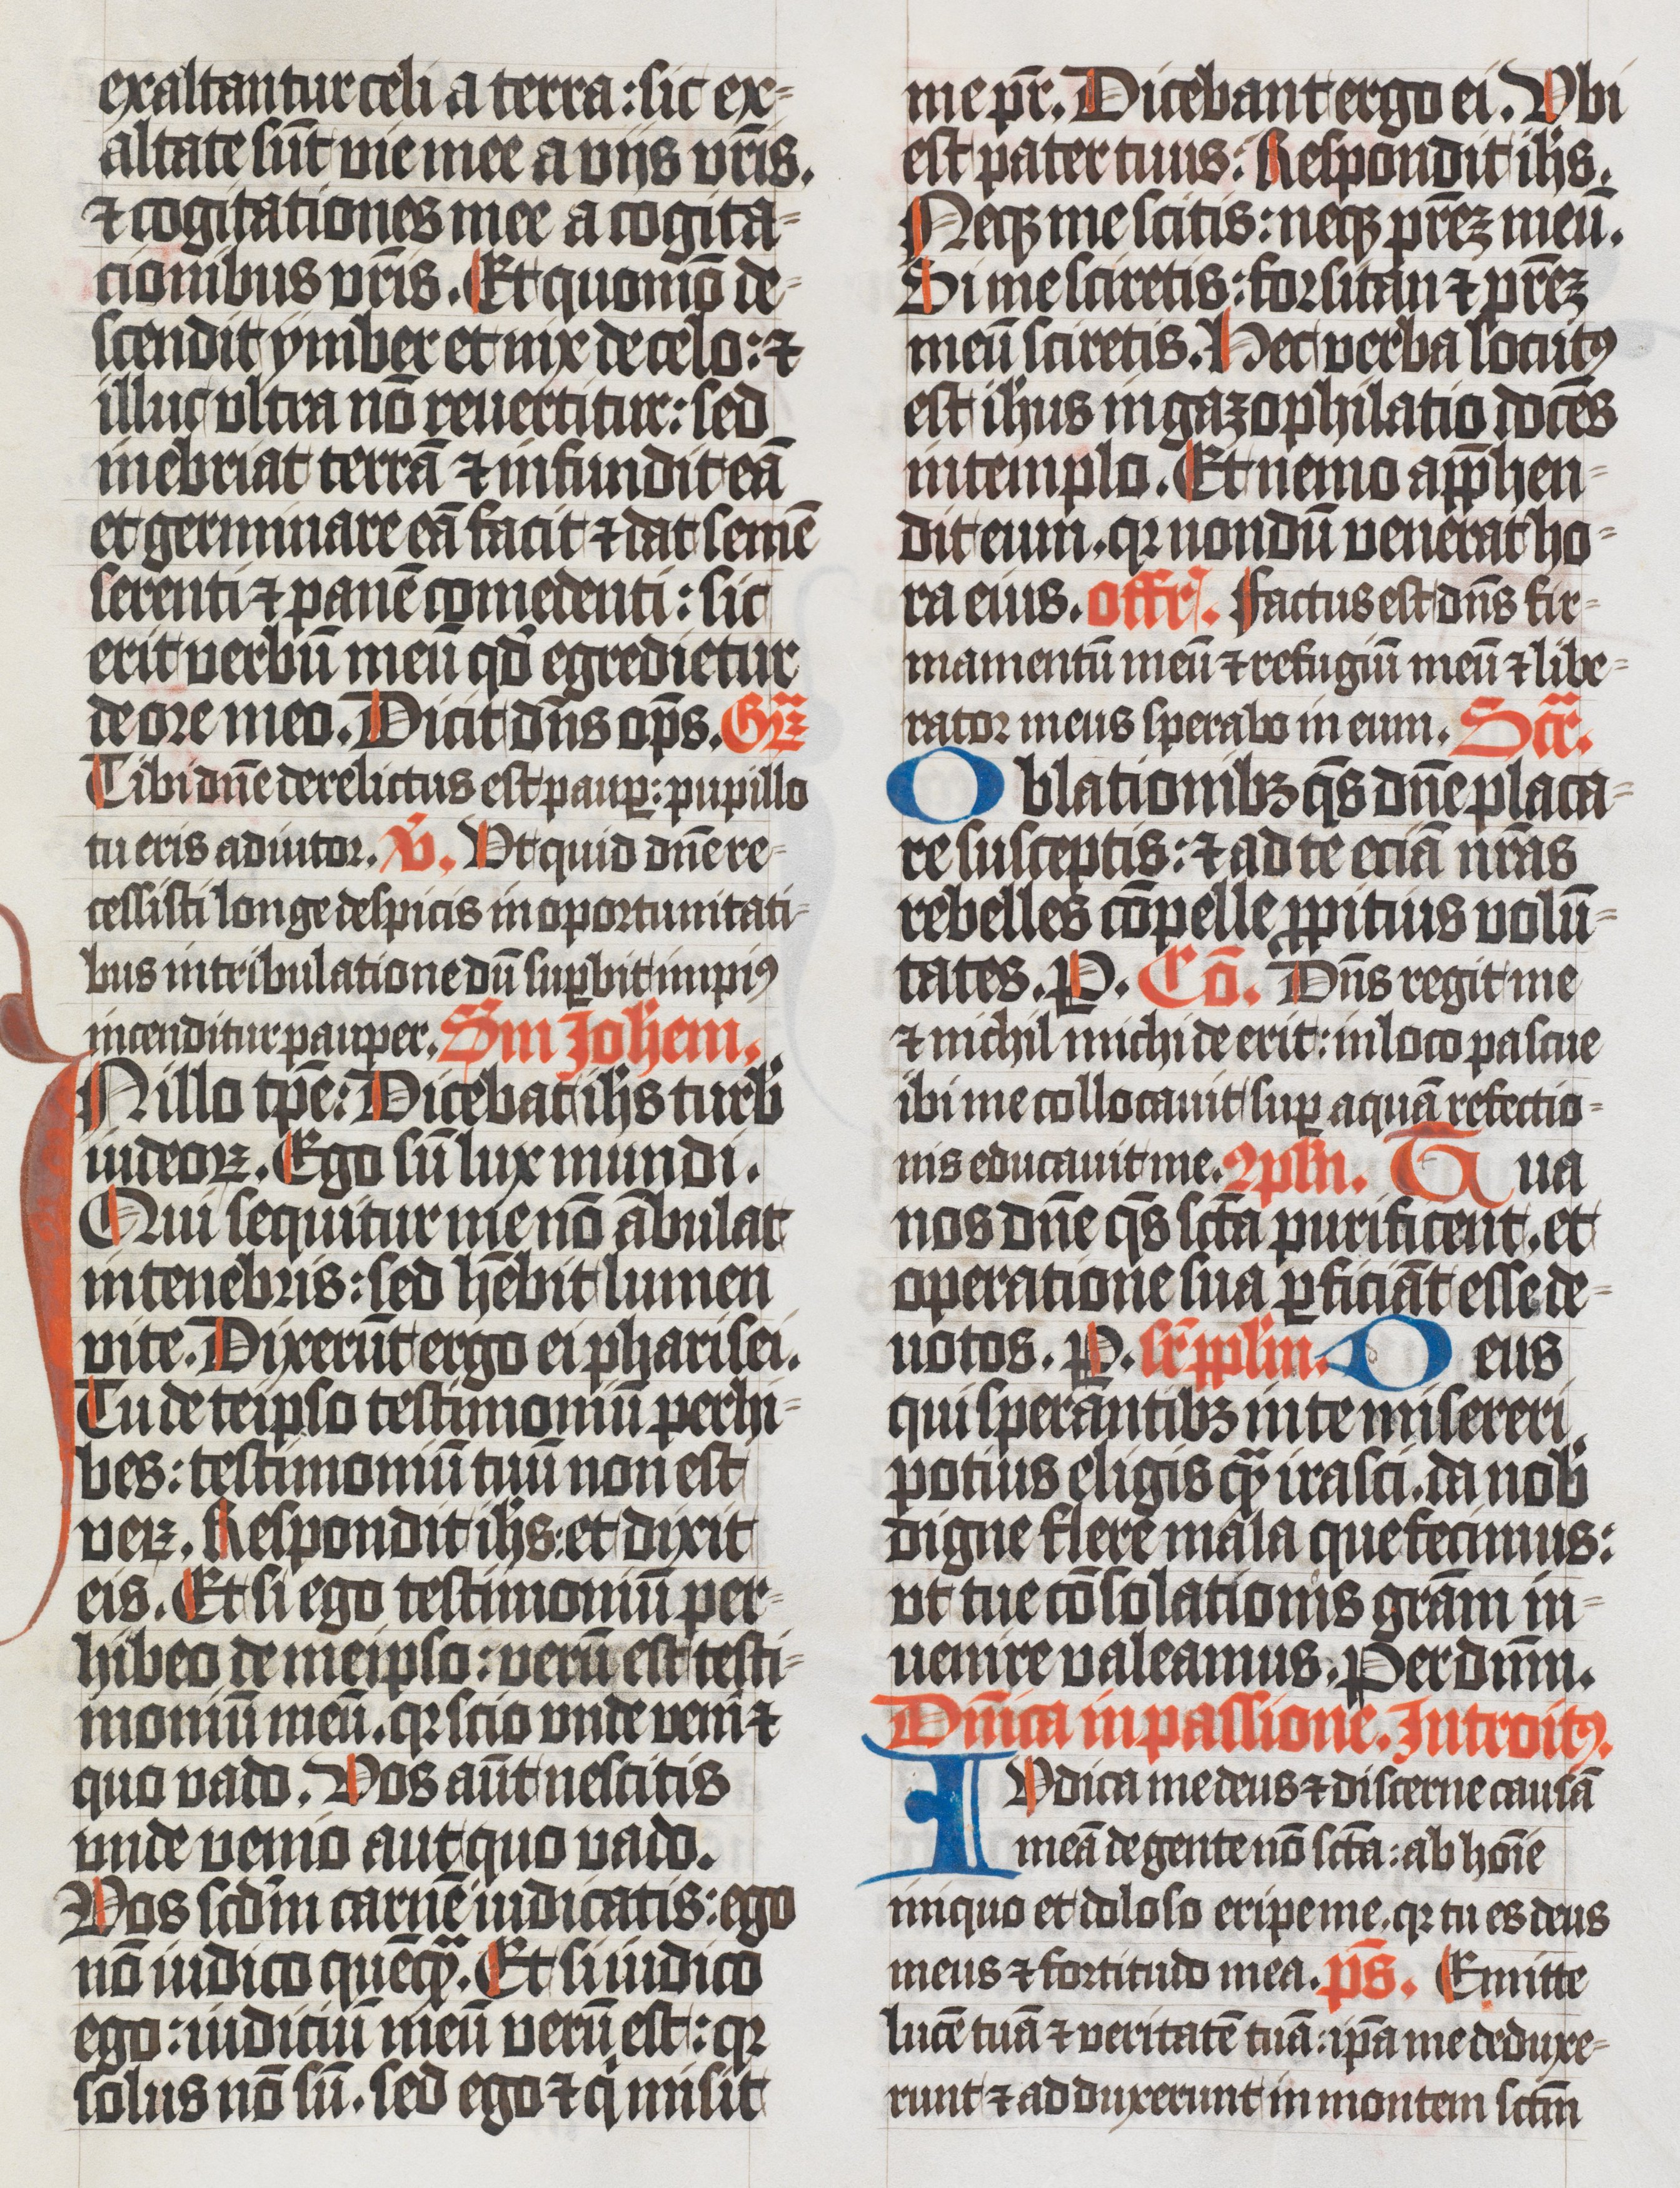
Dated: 1400–1499